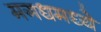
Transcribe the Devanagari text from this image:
मगधमध्ये